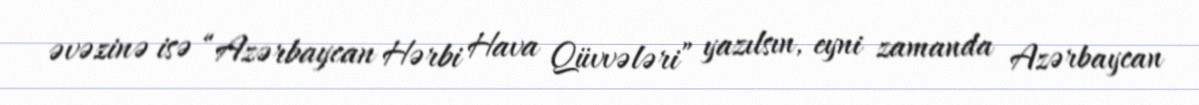
əvəzinə isə “Azərbaycan Hərbi Hava Qüvvələri” yazılsın, eyni zamanda Azərbaycan